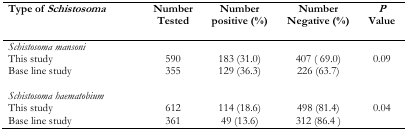
<table><thead><tr><td><b>Type of <i>Schistosoma</i></b></td><td><b>Number Tested</b></td><td><b>Number positive (%)</b></td><td><b>Number Negative (%)</b></td><td><b><i>P</i> Value</b></td></tr></thead><tbody><tr><td colspan="5"><i>Schistosoma mansoni</i></td></tr><tr><td>This study</td><td>590</td><td>183 (31.0)</td><td>407 ( 69.0)</td><td rowspan="2">0.09</td></tr><tr><td>Base line study</td><td>355</td><td>129 (36.3)</td><td>226 (63.7)</td></tr><tr><td colspan="5"><i>Schistosoma haematobium</i></td></tr><tr><td>This study</td><td>612</td><td>114 (18.6)</td><td>498 (81.4)</td><td rowspan="2">0.04</td></tr><tr><td>Base line study</td><td>361</td><td>49 (13.6)</td><td>312 (86.4)</td></tr></tbody></table>